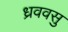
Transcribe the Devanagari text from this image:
ध्रववसु